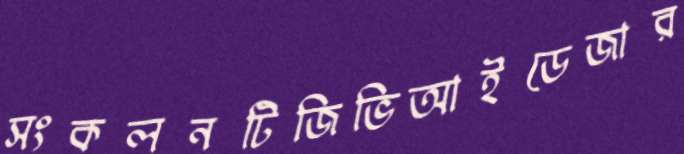
সংকলনটিজিভিআইডেজার